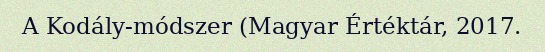
A Kodály-módszer (Magyar Értéktár, 2017.